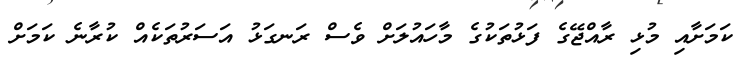
ކަމަށާއި މުޅި ރާއްޖޭގެ ފަޅުތަކުގެ މާހައުލަށް ވެސް ރަނގަޅު އަސަރުތަކެއް ކުރާނެ ކަމަށް